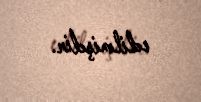
edilmişdir.